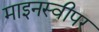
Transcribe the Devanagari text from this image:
माइनस्वीपर